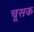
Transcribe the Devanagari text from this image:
चूसक